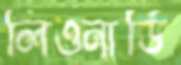
লিওনার্ডি